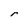
Character: r